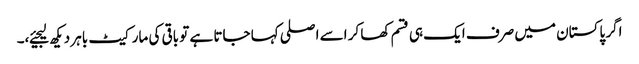
اگر پاکستان میں صرف ایک ہی قسم کھا کر اسے اصلی کہا جاتا ہے تو باقی کی مارکیٹ باہر دیکھ لیجیئے،۔